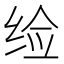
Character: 𬘪